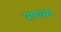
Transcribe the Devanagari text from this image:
प्रणवम